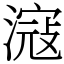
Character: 滱